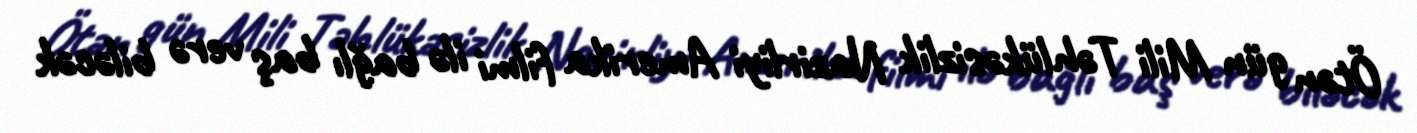
Ötən gün Mili Təhlükəsizlik Nazirliyi Amerika filmi ilə bağlı baş verə biləcək